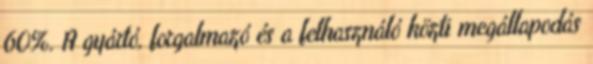
60%. A gyártó, forgalmazó és a felhasználó közti megállapodás